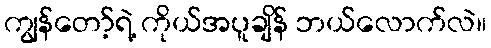
ကျွန်တော့်ရဲ့ ကိုယ်အပူချိန် ဘယ်လောက်လဲ။